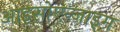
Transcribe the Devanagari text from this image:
आइसोएन्जाइम